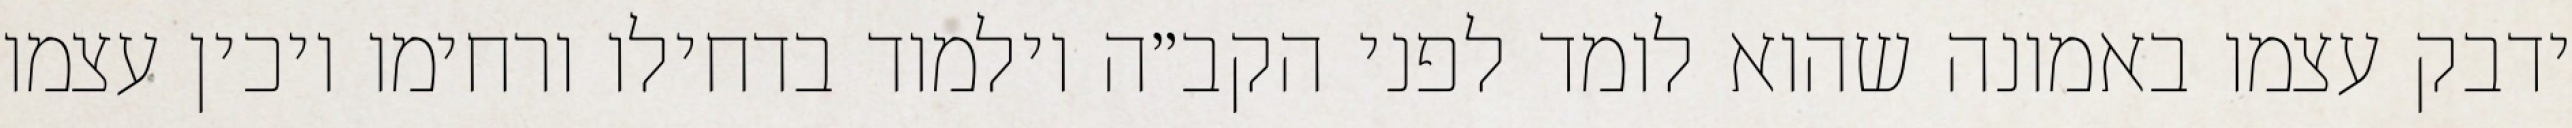
ידבק עצמו באמונה שהוא לומד לפני הקב״ה וילמוד בדחילו ורחימו ויכין עצמו